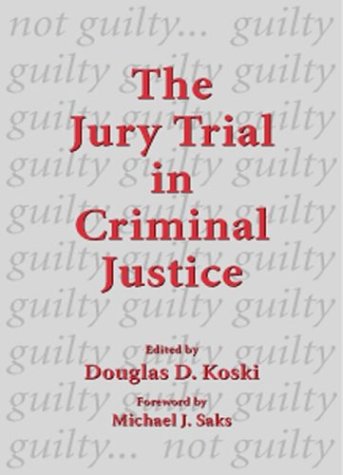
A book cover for The Jury Trial in Criminal Justice; Douglas Koski; Law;